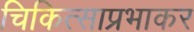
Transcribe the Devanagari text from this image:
चिकित्साप्रभाकर